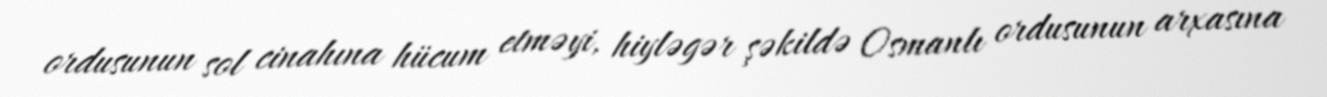
ordusunun sol cinahına hücum etməyi, hiyləgər şəkildə Osmanlı ordusunun arxasına